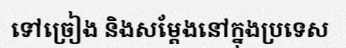
ទៅច្រៀង និងសម្តែងនៅក្នុងប្រទេស